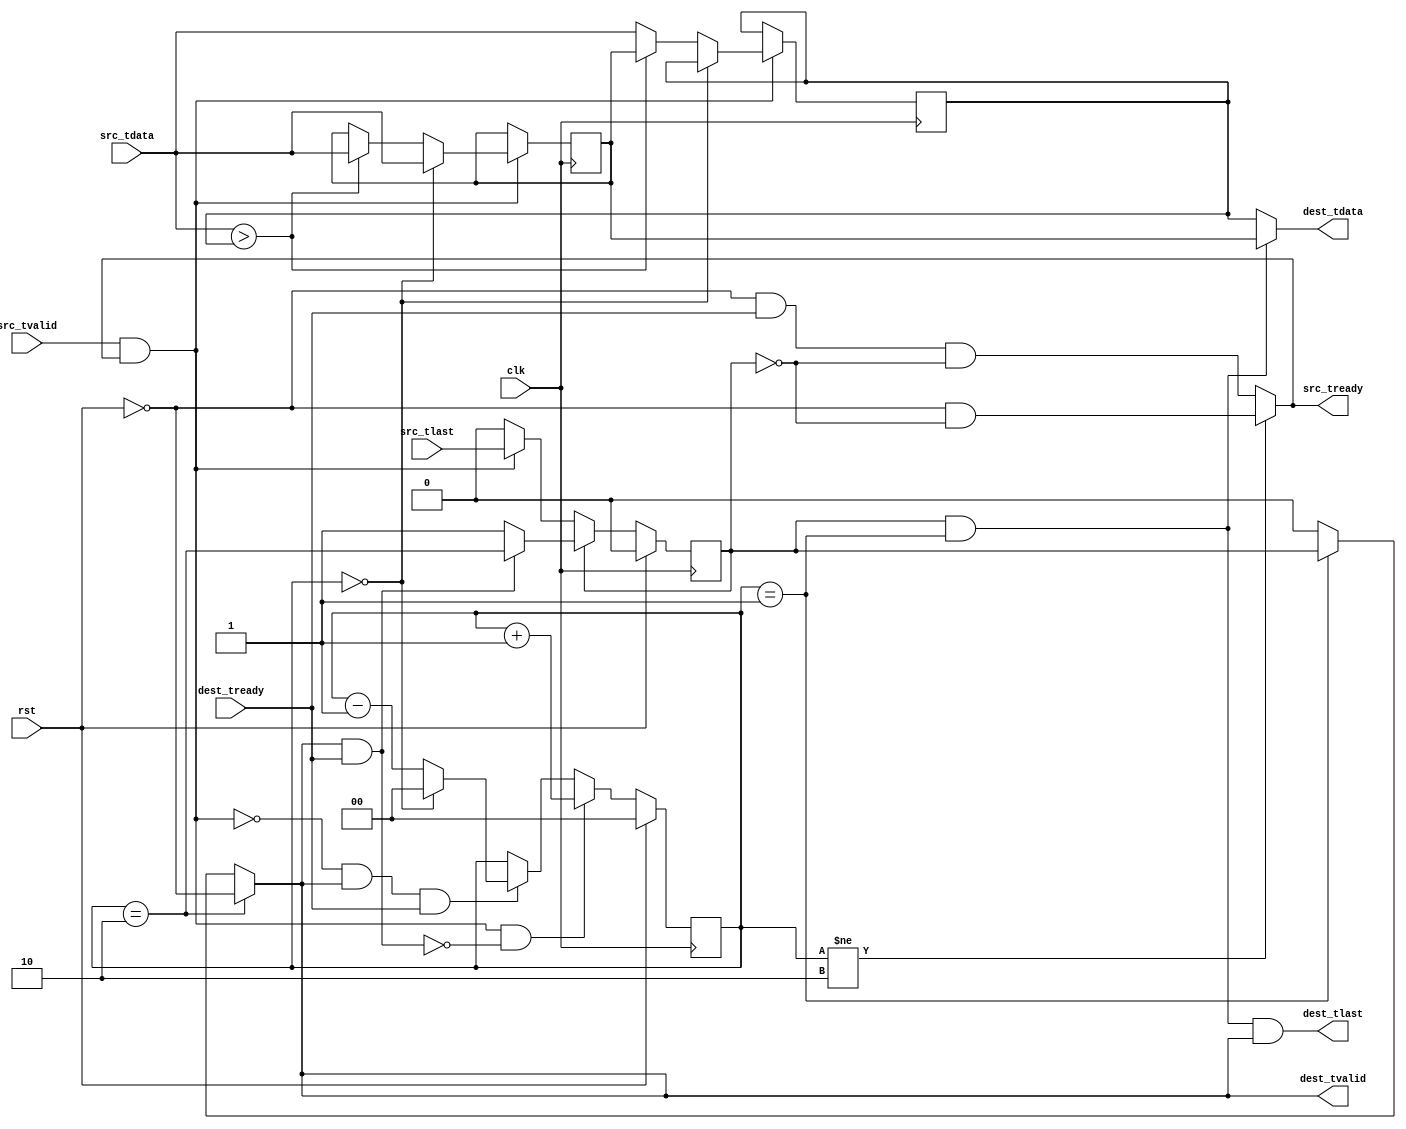
module axistream_swapper
  (
   clk,
   rst,
   
   src_tvalid,
   src_tready,
   src_tdata,
   src_tlast,

   dest_tvalid,
   dest_tready,
   dest_tdata,
   dest_tlast
   );
   parameter DATA_WIDTH = 8;

   input clk;
   input rst;

   input src_tvalid;
   output src_tready;
   input  [DATA_WIDTH-1:0] src_tdata;
   input  src_tlast;

   output dest_tvalid;
   input  dest_tready;
   output [DATA_WIDTH-1:0] dest_tdata;
   output 		   dest_tlast;

   reg [DATA_WIDTH-1:0]    data_buf [1:0];
   reg [1:0] 		   cnt;
   reg  		   tlast;

   assign dest_tvalid = (cnt == 2)? !rst : (cnt == 1)?tlast: 1'b0;
   assign src_tready  = (cnt != 2)? !rst && !tlast: !rst && dest_tready && !tlast;

   assign dest_tdata = (tlast && cnt == 1)? data_buf[0] : data_buf[1];
   assign dest_tlast = tlast && (cnt == 1) && dest_tvalid;

   always @(posedge clk) begin
      if (src_tvalid && src_tready) begin
	 tlast <= src_tlast;
	 
	 if (cnt == 0) begin
	    data_buf[0] <= src_tdata;
	    data_buf[1] <= data_buf[1];//don't care
	 end else begin
	    if (src_tdata > data_buf[1]) begin
	       data_buf[0] <= src_tdata;
	       data_buf[1] <= data_buf[0];
	    end else begin
	       data_buf[1] <= src_tdata;
	       data_buf[0] <= data_buf[0];
	    end
	 end 
      end 
      
      if (tlast) begin 
	 if (dest_tvalid && dest_tready) begin
	    tlast <= (cnt == 2);
	 end else begin
	    tlast <= tlast;
	 end
      end
      
      if (src_tvalid && src_tready && !(dest_tvalid && dest_tready)) begin
	cnt <= cnt + 1;
      end else if (!(src_tvalid && src_tready) 
		   && dest_tvalid && dest_tready) begin
	 
	 cnt <= (cnt == 0)?0:cnt - 1;
	 
      end else begin
	 cnt <= cnt;
      end

      if (rst) begin
	 cnt <= 0;
	 tlast <= 1'b0;
      end
      
   end
   
endmodule // axistream_swapper